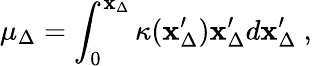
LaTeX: \mu_{\Delta}=\int_{0}^{\mathbf{x}_{\Delta}}\kappa(\mathbf{x}_{\Delta}^{\prime})\mathbf{x}_{\Delta}^{\prime}d\mathbf{x}_{\Delta}^{\prime}\ ,